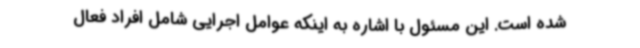
شده است. این مسئول با اشاره به اینکه عوامل اجرایی شامل افراد فعال